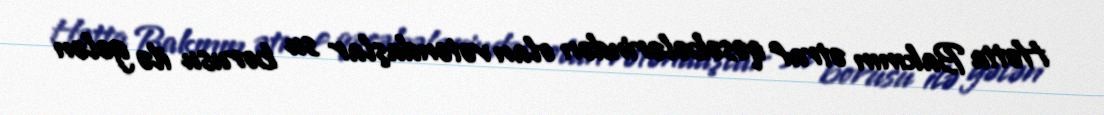
Hətta Bakının ətraf qəsəbələrindən olan vətəndaşlar su borusu ilə gələn